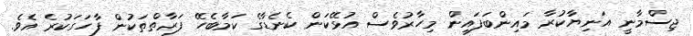
ޖިސްމާނީ އަނިޔާކުރާ މައިންބަފައިން މިހާރުވެސް އުޅޭކަން ކެނެޑާގެ ކަމާބެހޭ ފަރާތްތަކުން ފާހަގަކުރެ އެވެ.